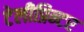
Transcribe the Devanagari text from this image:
टेलीप्रिन्टर